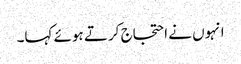
انہوں نے احتجاج کرتے ہوئے کہا۔